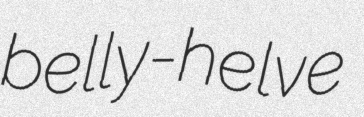
belly-helve